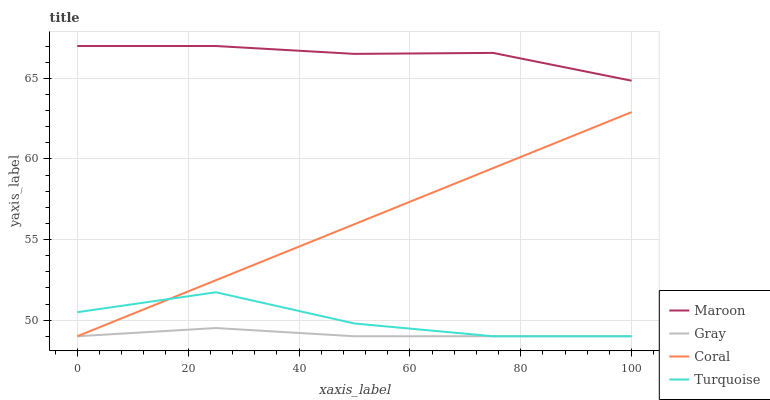
| xaxis_label | Maroon | Gray | Coral | Turquoise |
 | --- | --- | --- | --- | --- |
 | 0 | 67 | 49 | 49 | 50.5 |
 | 25 | 67 | 49.5 | 52.5 | 51.7 |
 | 50 | 66.5 | 49 | 55.9 | 49.8 |
 | 75 | 66.6 | 49 | 59.4 | 49 |
 | 100 | 64.8 | 49 | 62.9 | 49 |